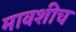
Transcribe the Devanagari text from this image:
मावशीच